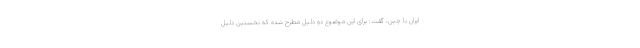
ایران با چین، گفت: برای این موضوع دو دلیل مطرح شده که نخستین دلیل